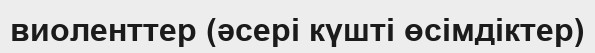
виоленттер (әсері күшті өсімдіктер)